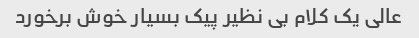
عالی یک کلام بی نظیر پیک بسیار خوش برخورد